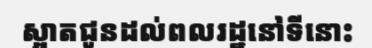
ស្អាតជូនដល់ពលរដ្ឋនៅទីនោះ